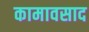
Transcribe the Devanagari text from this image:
कामावसाद